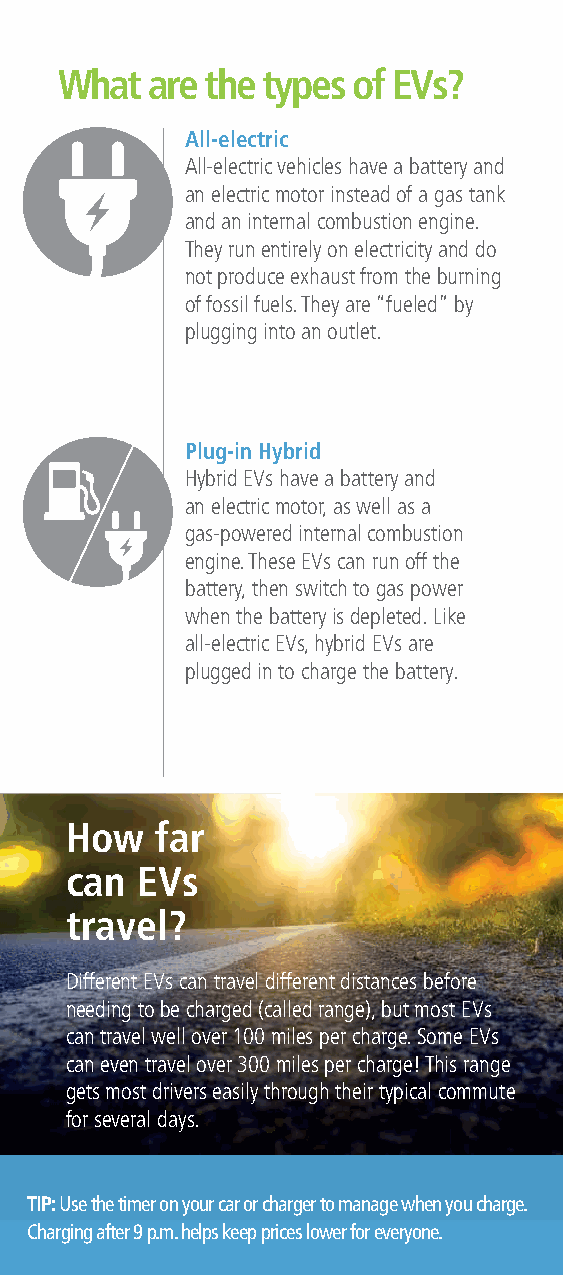
What  are the types of EVs?
 All-electric
 All-electric vehicles have a battery and
 an electric motor instead of a gas tank
 and an internal combustion engine.
 They run entirely on electricity and do
 not produce exhaust from the burning
 of fossil fuels. They are “fueled” by
 plugging into an outlet.
 Plug-in Hybrid
 Hybrid EVs have a battery and
 an electric motor, as well as a
 gas-powered internal combustion
 engine. These EVs can run off the
 battery, then switch to gas power
 when the battery is depleted. Like
 all-electric EVs, hybrid EVs are
 plugged in to charge the battery.
 How   far
 can  EVs
 travel?
 Different EVs can travel different distances before
 needing to be charged (called range), but most EVs
 can travel well over 100 miles per charge. Some EVs
 can even travel over 300 miles per charge! This range
 gets most drivers easily through their typical commute
 for several days.
 TIP: Use the timer on your car or charger to manage when you charge.
 Charging after 9 p.m. helps keep prices lower for everyone.